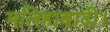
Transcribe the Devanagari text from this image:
मलिहाबादी।